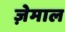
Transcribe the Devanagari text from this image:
ज़ेमाल